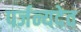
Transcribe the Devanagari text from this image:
पर्जन्यदेव